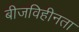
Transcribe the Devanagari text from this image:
बीजविहीनता